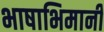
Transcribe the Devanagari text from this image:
भाषाभिमानी